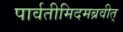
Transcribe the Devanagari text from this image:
पार्वतीमिदमब्रवीत्